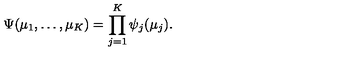
\Psi ( \mu _ { 1 } , \ldots , \mu _ { K } ) = \prod _ { j = 1 } ^ { K } \psi _ { j } ( \mu _ { j } ) .